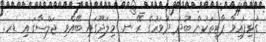
ގުޅިފައިވާ ޕާޓީތަކުން ބުދަ ދުވަހުގެ ރޭ ނ. މިލަދޫގައި ބޭއްވި ޖަލްސާގައި ޑރ.